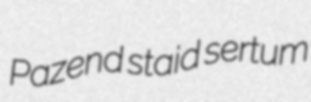
Pazend staid sertum